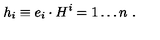
h _ { i } \equiv e _ { i } \cdot H \sp i = 1 \ldots n \ .